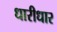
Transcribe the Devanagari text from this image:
धारीधार